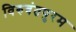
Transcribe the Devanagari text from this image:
विरुवंतपुरम